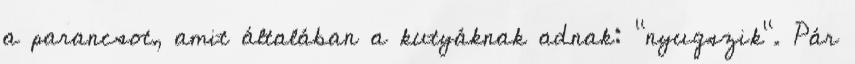
a parancsot, amit általában a kutyáknak adnak: "nyugszik". Pár